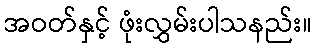
အဝတ်နှင့် ဖုံးလွှမ်းပါသနည်း။